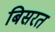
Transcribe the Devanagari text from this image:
बिसरत